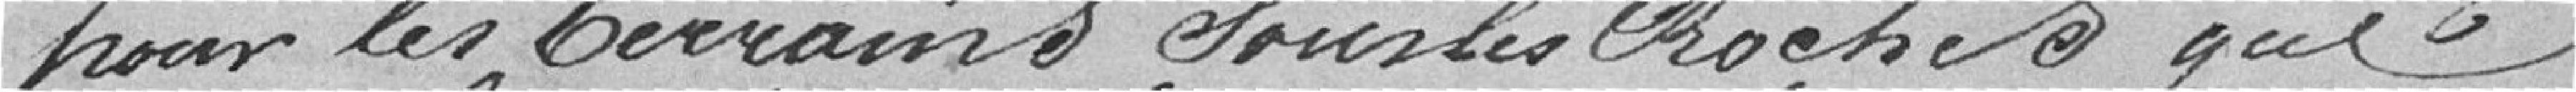
pour les terrains sous les roches que